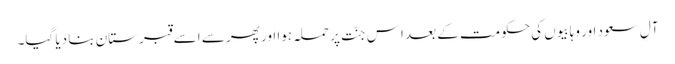
آلِ سعود اور وہابیوں کی حکومت کے بعد اِس جنّت پر حملہ ہوا اور پھر سے اِسے قبرستان بنا دیا گیا۔